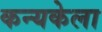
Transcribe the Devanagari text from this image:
कन्यकेला